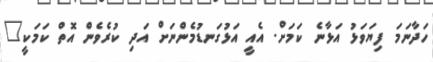
ހަދާނަމަ ފިޔަވަޅު އަޅާނެ ކަމަށް. އެއީ އަޅުގަނޑުމެންނަށް އަދި ކުރެވެން އޮތް ކަމަކީ"